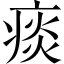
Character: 痰